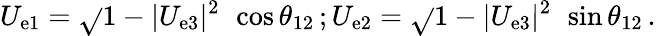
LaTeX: U_{\mathrm{e}1}=\sqrt{}{{1-|U_{\mathrm{e}3}|^{2}}}\, ~\cos\theta_{12}\, ;U_{\mathrm{e}2}=\sqrt{}{{1-|U_{\mathrm{e}3}|^{2}}}\, ~\sin\theta_{12}\, .